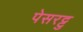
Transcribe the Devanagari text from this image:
पेसरट्टु